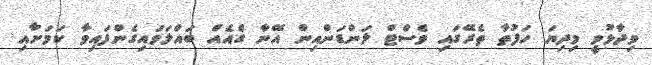
ވިދާޅުވީ މިދިޔަ ހަފުތާ ތެރޭގައި ވެސްޓް ލަންޑަންއިން އޭނާ ގެއެއް ބައްލަވައިގެންފައިވާ ކަމަށާއި